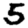
Digit: 5